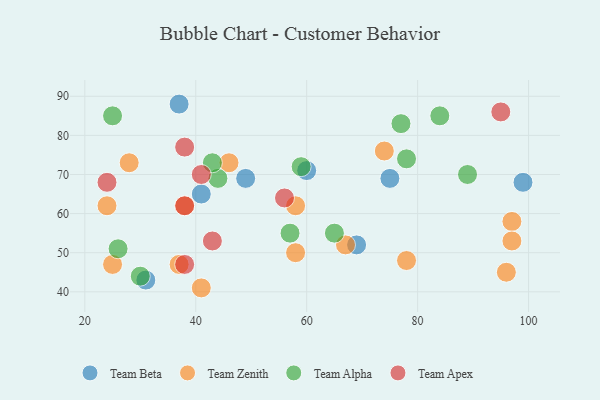
{"axis": {"x": "GDP", "y": "Life Expectancy"}, "legend": ["Team Alpha", "Team Apex", "Team Beta", "Team Zenith"], "data": [{"x": "37", "y": 88, "type": "Team Beta"}, {"x": "99", "y": 68, "type": "Team Beta"}, {"x": "41", "y": 65, "type": "Team Beta"}, {"x": "69", "y": 52, "type": "Team Beta"}, {"x": "75", "y": 69, "type": "Team Beta"}, {"x": "49", "y": 69, "type": "Team Beta"}, {"x": "31", "y": 43, "type": "Team Beta"}, {"x": "60", "y": 71, "type": "Team Beta"}, {"x": "67", "y": 52, "type": "Team Zenith"}, {"x": "37", "y": 47, "type": "Team Zenith"}, {"x": "38", "y": 62, "type": "Team Zenith"}, {"x": "46", "y": 73, "type": "Team Zenith"}, {"x": "28", "y": 73, "type": "Team Zenith"}, {"x": "78", "y": 48, "type": "Team Zenith"}, {"x": "74", "y": 76, "type": "Team Zenith"}, {"x": "41", "y": 41, "type": "Team Zenith"}, {"x": "25", "y": 47, "type": "Team Zenith"}, {"x": "97", "y": 58, "type": "Team Zenith"}, {"x": "96", "y": 45, "type": "Team Zenith"}, {"x": "24", "y": 62, "type": "Team Zenith"}, {"x": "58", "y": 62, "type": "Team Zenith"}, {"x": "58", "y": 50, "type": "Team Zenith"}, {"x": "97", "y": 53, "type": "Team Zenith"}, {"x": "57", "y": 55, "type": "Team Alpha"}, {"x": "25", "y": 85, "type": "Team Alpha"}, {"x": "26", "y": 51, "type": "Team Alpha"}, {"x": "44", "y": 69, "type": "Team Alpha"}, {"x": "84", "y": 85, "type": "Team Alpha"}, {"x": "65", "y": 55, "type": "Team Alpha"}, {"x": "78", "y": 74, "type": "Team Alpha"}, {"x": "89", "y": 70, "type": "Team Alpha"}, {"x": "77", "y": 83, "type": "Team Alpha"}, {"x": "30", "y": 44, "type": "Team Alpha"}, {"x": "43", "y": 73, "type": "Team Alpha"}, {"x": "59", "y": 72, "type": "Team Alpha"}, {"x": "41", "y": 70, "type": "Team Apex"}, {"x": "24", "y": 68, "type": "Team Apex"}, {"x": "56", "y": 64, "type": "Team Apex"}, {"x": "43", "y": 53, "type": "Team Apex"}, {"x": "95", "y": 86, "type": "Team Apex"}, {"x": "38", "y": 47, "type": "Team Apex"}, {"x": "38", "y": 77, "type": "Team Apex"}, {"x": "38", "y": 62, "type": "Team Apex"}]}